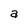
Character: a